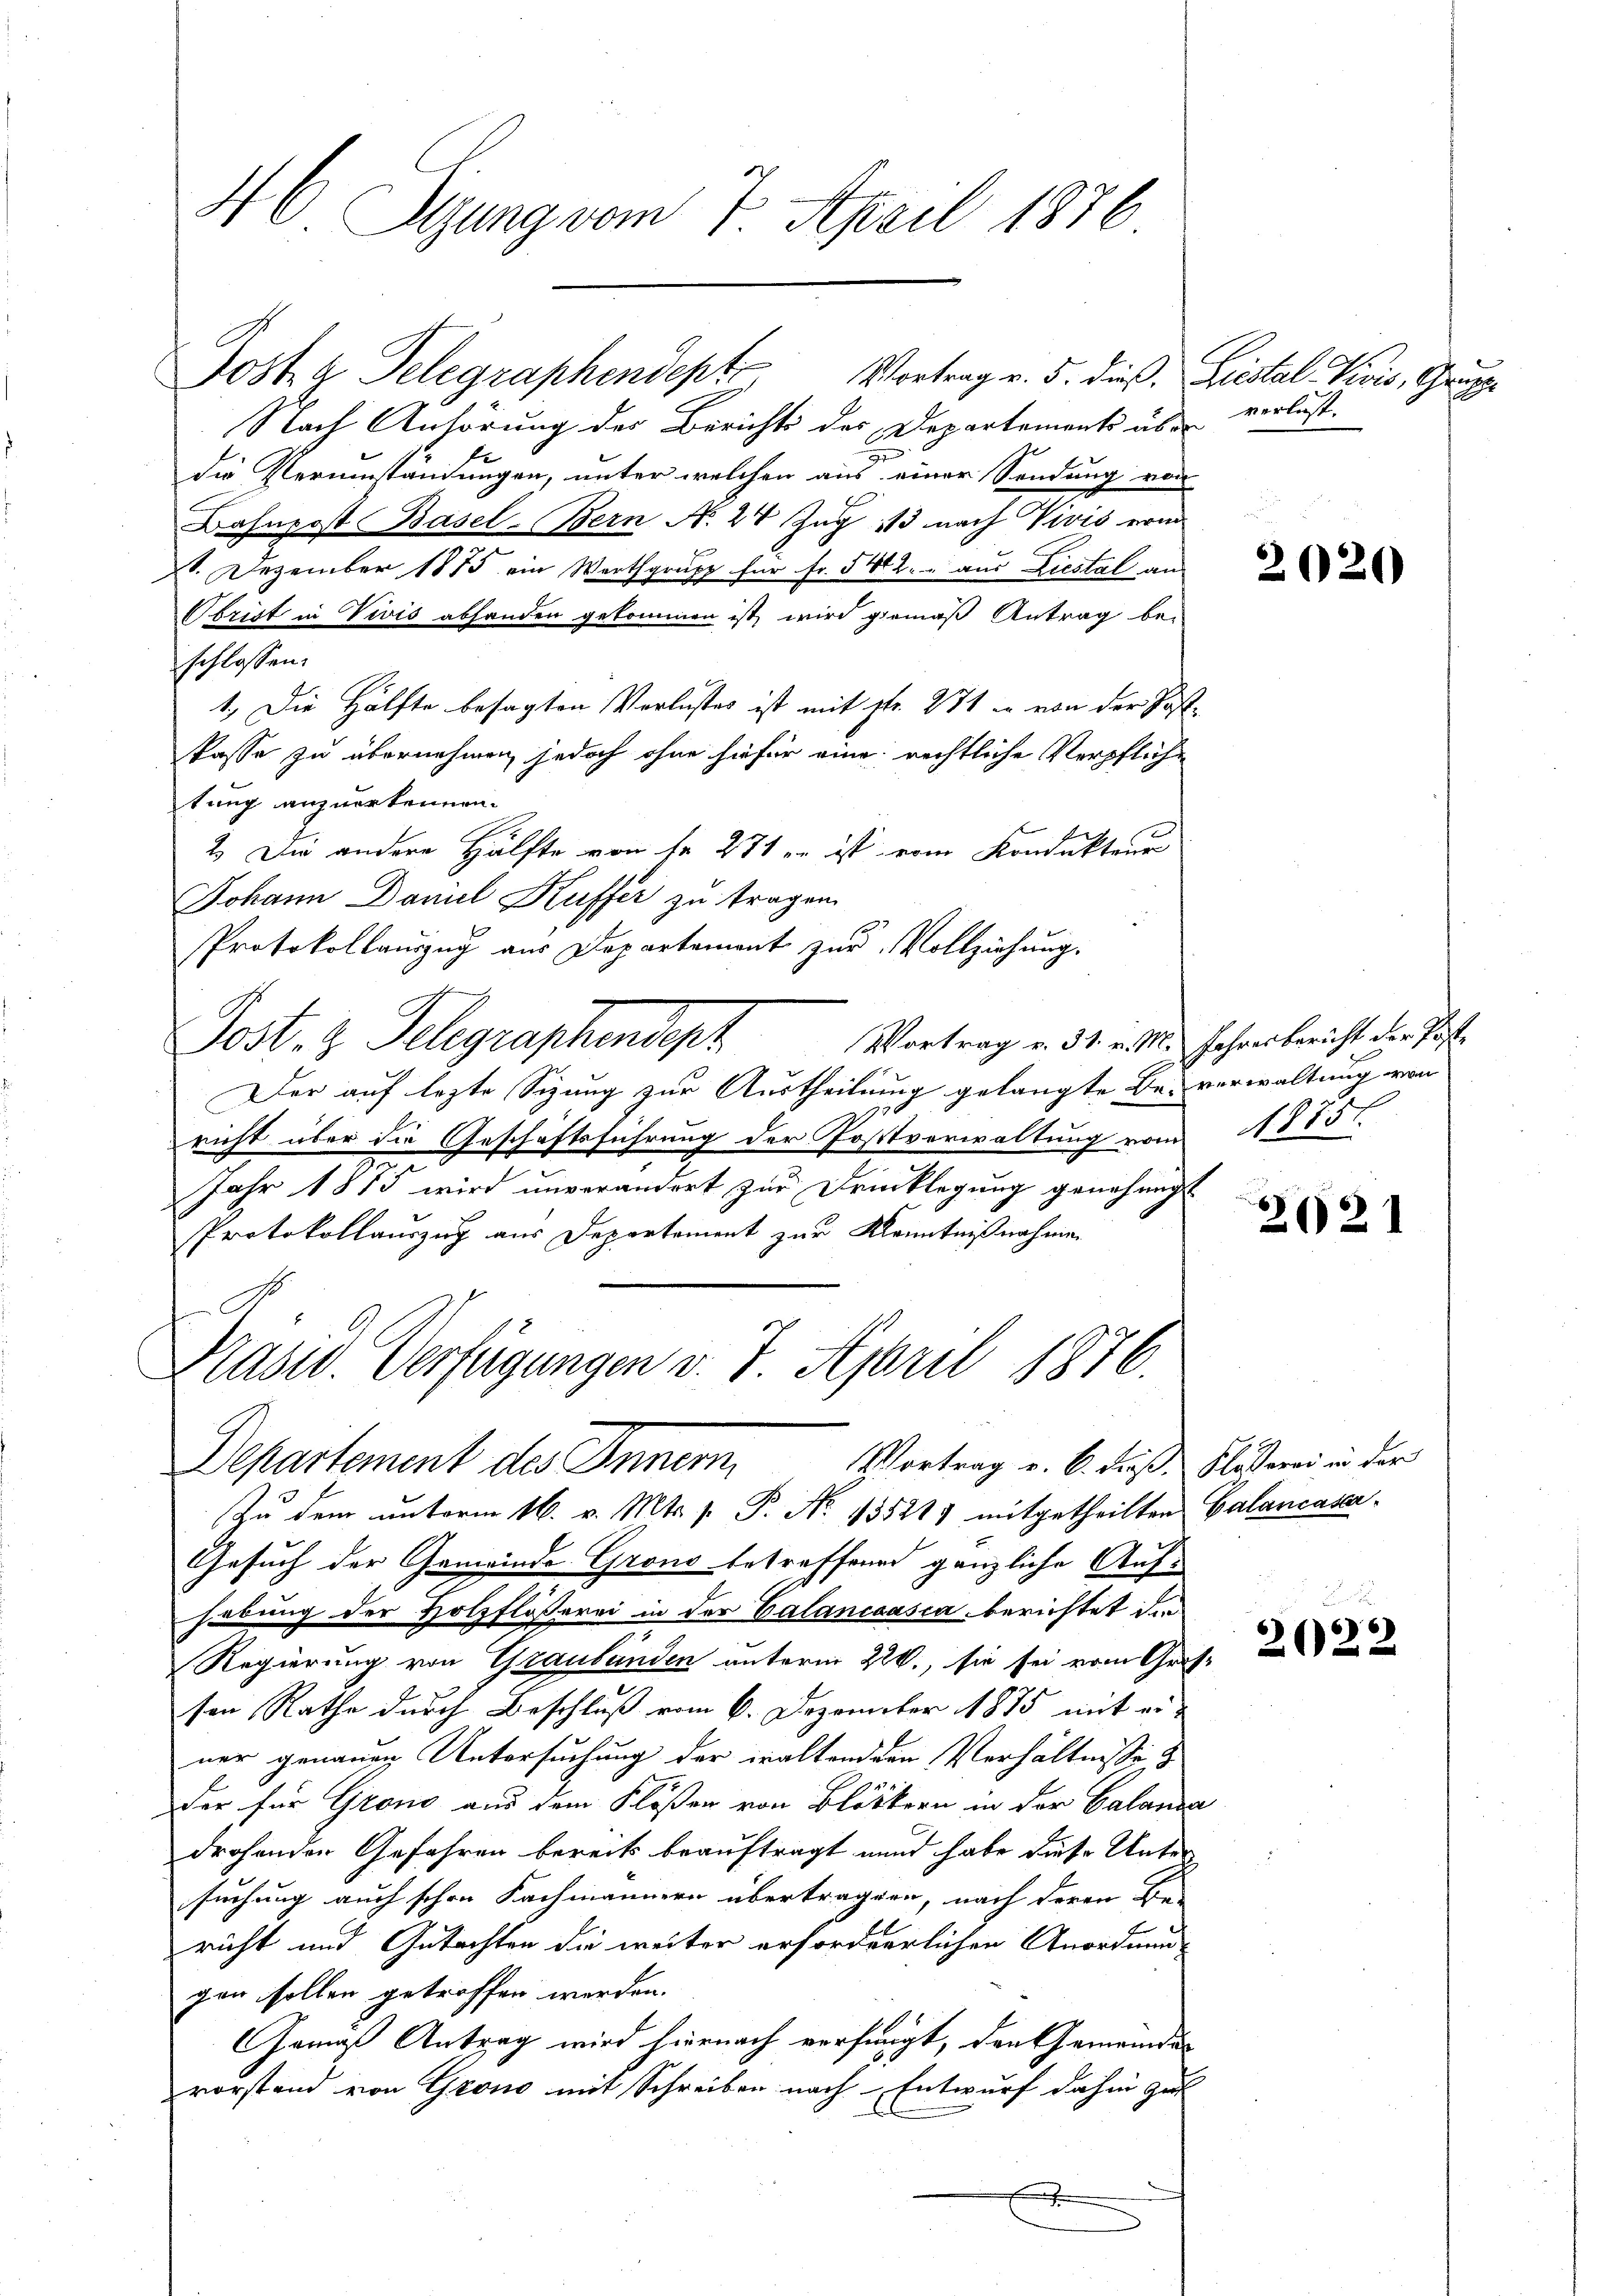
46 Syung vom 7. April 1876

Nach Anhörung der Berichts des Departements als verlustdie Verumständungen, unter welchen aus einer Sendung von
Bahnpost Basel-Bern N. 24 Zug 13 nach Vivis erin
1. Dezember 1875 ein Werthgrupp für Fr. 542. aus Liestal an
Obrist in Vivis abhanden gekommen ist, wird gemäß Antrag be-
schlossen:
1., Die Hälfte besagten Verlustes ist mit str. 271 in von der Postkasse zu übernehmen, jedoch ohne hiefür eine rechtliche Verpfliche
tung anzuerkennen.
2.) Die andere Hälfte von fr. 271 er ist vom Kondukteur
Johann Daniel Kuffer zu tragen.
Protokollauszug aus Departement zur Vollziehung.
Vortrag v. 31. v. M. Jahresbericht der Post¬
Post. z. Telegraphendept
Der auf lezte Sizung zur Austheilung gelangte Be-verwaltung von
richt über die Geschäftsführung der Posttverwaltung von 1885
Jahr 1815 wird unverändert zur Drucklegung genehmigt
Protokollauszug aus Departement zur Kenntnißnahmen
Präsid. Verfügungen v. 7. April 1876.

Jost Telegraphendept Vortrag v. 5. dieß. Liestal Vivis, Gruppe

Departement des Innern, Vortrag v. 6. Fuß. Klasserei in der

Zu dem unterm 16. v. Mts. f. P. No 155211 mitgetheilten Calancaser-
Gesuch der Gemeinde Grons betreffend gänzliche Auf-
hebung der Holzflößerei in der Calanccasia, berichtet die
Regierung von Graubünden unterm 226., sie sei vom Groß-
sen Rathe durch Beschluß vom 6. Dezember 1875 mit einer genauen Untersuchung der waltend den Verhältnisse &
der für Grono aus dem Flößen von Blöskern in der Calanda
drohenden Gefahren bereits beauftragt und habe diese Untersuchung auch schon Fachmännern übertragen, nach deren Be-
richt und Gutachten die weiter erforderlichen Anordnungen sollen getroffen werden.
Gemäß Antrag wird hiernach verfangt, den Gemeindes
vorstand von Grono mit Schreiben nach Entwurf dahin gut
.

2020

2621

2022